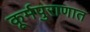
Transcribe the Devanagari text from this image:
कूर्मपुराणात